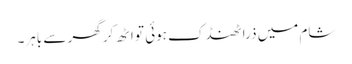
شام میں ذرا ٹھنڈک ہوئی تو اٹھ کر گھر سے باہر۔